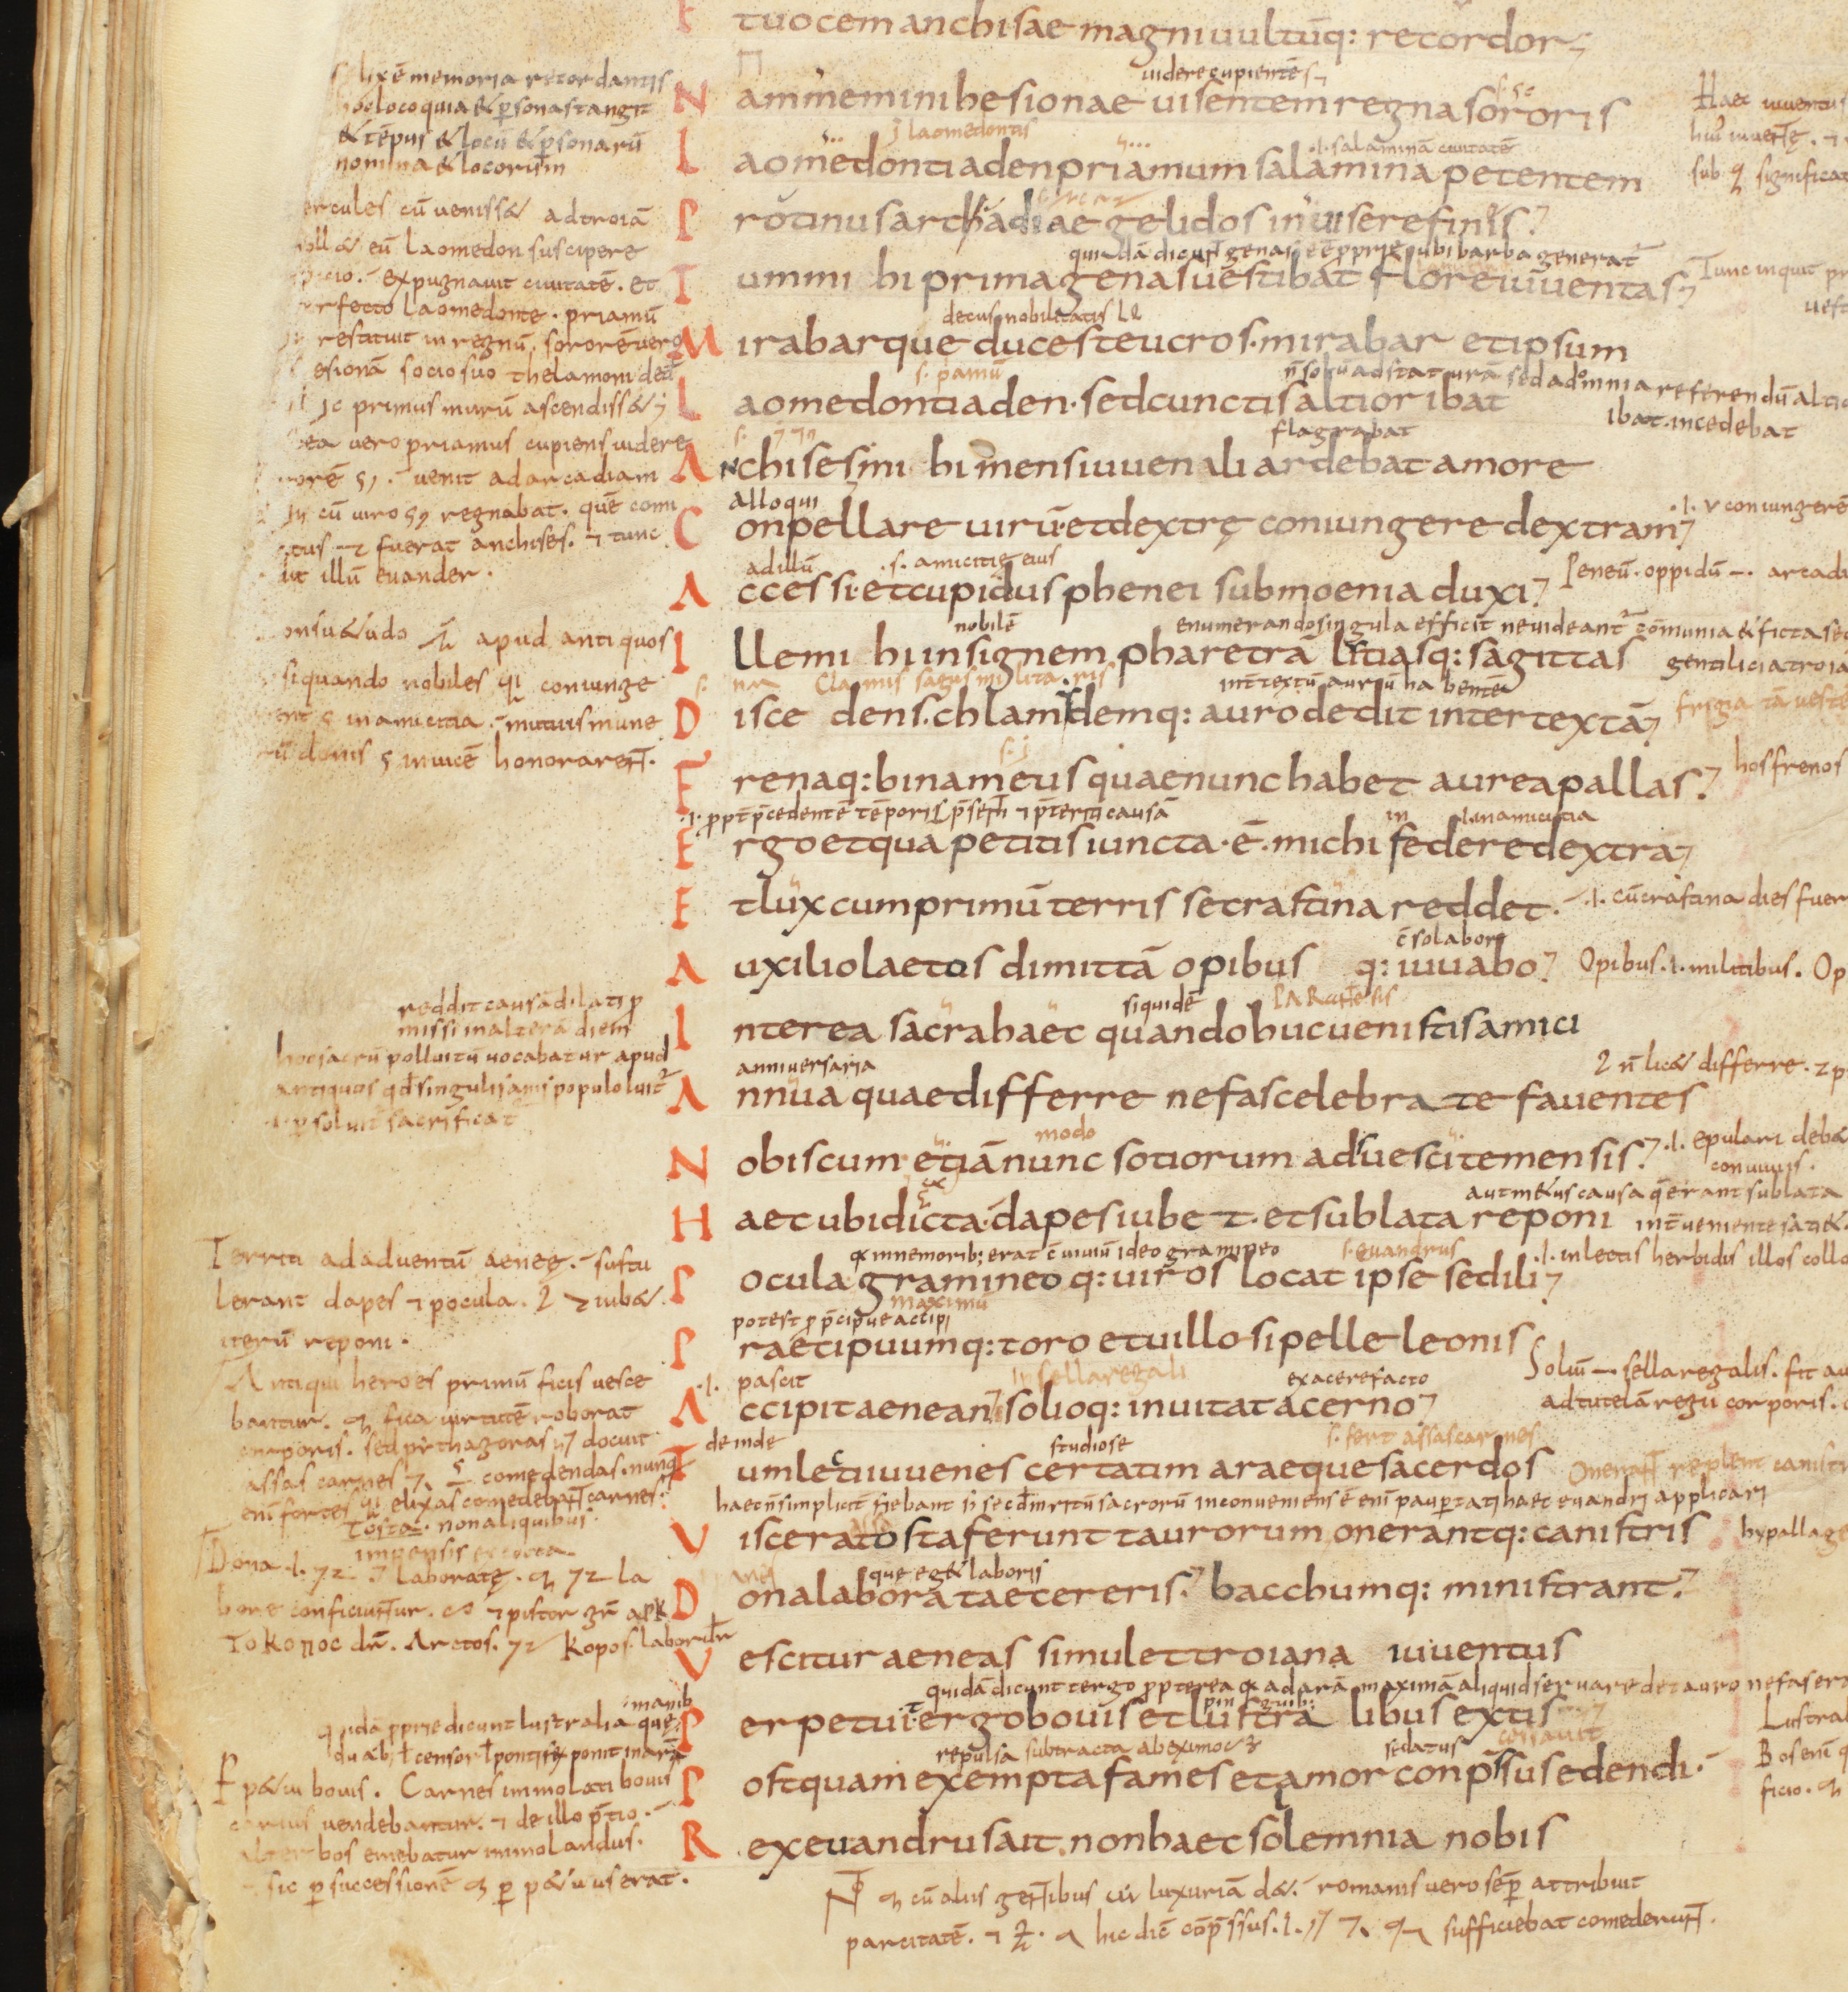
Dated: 825–849